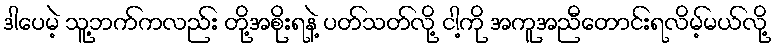
ဒါပေမဲ့ သူ့ဘက်ကလည်း တို့အစိုးရနဲ့ ပတ်သတ်လို့ ငါ့ကို အကူအညီတောင်းရလိမ့်မယ်လို့